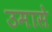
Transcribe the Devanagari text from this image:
उमासे